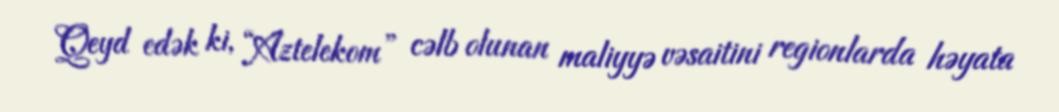
Qeyd edək ki, “Aztelekom” cəlb olunan maliyyə vəsaitini regionlarda həyata